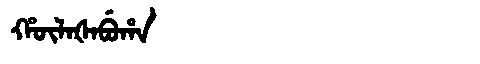
Manchu: ᡥᡡᠯᠠᡧᠠᠪᡠᡥᠠ
Romanization: HŪLAŠABUHA